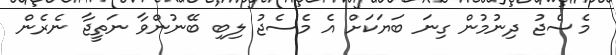
މެސެޖު ދިނުމުން ގިނަ ބަޔަކަށް އެ މެސެޖު ލިބި ބޭނުންވާ ނަތީޖާ ނެރެން